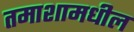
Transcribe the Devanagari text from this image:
तमाशामधील